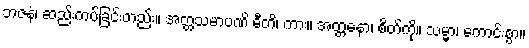
ဘဇနံ၊ ဆည်းကပ်ခြင်းတည်း။ အတ္တသမာပဏိ ဓီတိ၊ ကား။ အတ္တနော၊ စိတ်ကို။ သမ္မာ၊ ကောင်းစွာ။